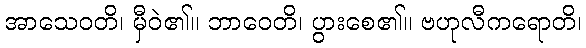
အာသေဝတိ၊ မှီဝဲ၏။ ဘာဝေတိ၊ ပွားစေ၏။ ဗဟုလီကရောတိ၊